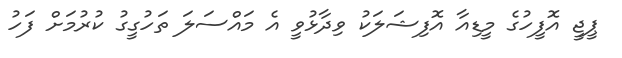
ޕީޖީ އޮފީހުގެ މީޑިއާ އޮފިޝަލަކު ވިދާޅުވީ އެ މައްސަލަ ތަހުގީގު ކުރުމަށް ފަހު